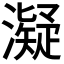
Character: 𤁒